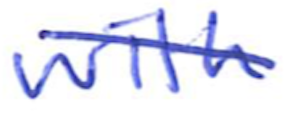
Text: with
Cross-out: diagonal
Writing tool: ballpoint